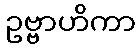
ဥဗ္ဗာဟိကာ